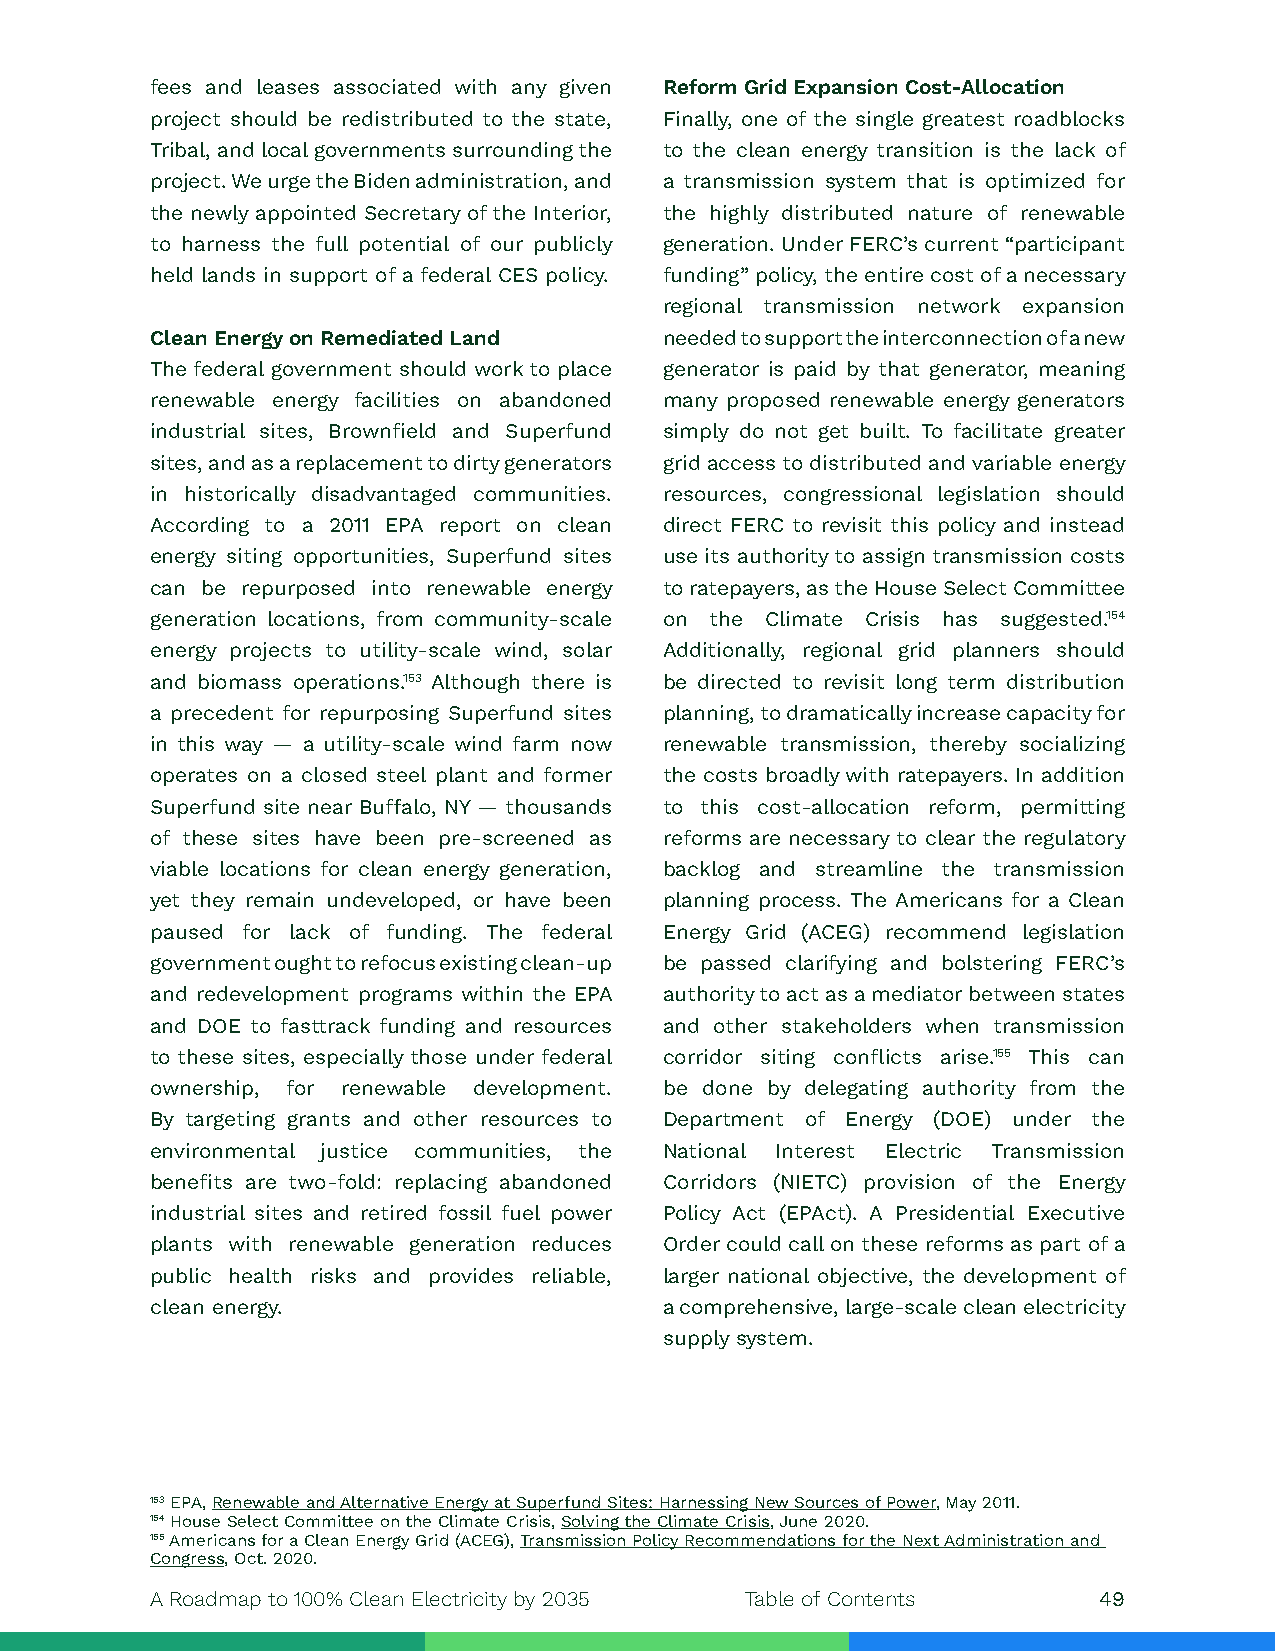
fees and leases associated with any given Reform Grid Expansion Cost-Allocation
 project should be redistributed to the state, Finally, one of the single greatest roadblocks
 Tribal, and local governments surrounding the to the clean energy transition is the lack of
 project. We urge the Biden administration, and a transmission system that is optimized for
 the newly appointed Secretary of the Interior, the highly distributed nature of renewable
 to harness the full potential of our publicly generation. Under FERC’s current “participant
 held lands in support of a federal CES policy. funding” policy, the entire cost of a necessary
 regional transmission network expansion
 Clean Energy on Remediated Land   needed to support the interconnection of a new
 The federal government should work to place generator is paid by that generator, meaning
 renewable energy facilities on abandoned many proposed renewable energy generators
 industrial sites, Brownfield and Superfund simply do not get built. To facilitate greater
 sites, and as a replacement to dirty generators grid access to distributed and variable energy
 in historically disadvantaged communities. resources, congressional legislation should
 According to a 2011 EPA report on clean direct FERC to revisit this policy and instead
 energy siting opportunities, Superfund sites use its authority to assign transmission costs
 can be repurposed into renewable energy to ratepayers, as the House Select Committee
 generation locations, from community-scale on the Climate Crisis has suggested.154
 energy projects to utility-scale wind, solar Additionally, regional grid planners should
 and biomass operations.153 Although there is be directed to revisit long term distribution
 a precedent for repurposing Superfund sites planning, to dramatically increase capacity for
 in this way — a utility-scale wind farm now renewable transmission, thereby socializing
 operates on a closed steel plant and former the costs broadly with ratepayers. In addition
 Superfund site near Buffalo, NY — thousands to this cost-allocation reform, permitting
 of these sites have been pre-screened as reforms are necessary to clear the regulatory
 viable locations for clean energy generation, backlog and streamline the transmission
 yet they remain undeveloped, or have been planning process. The Americans for a Clean
 paused for lack of funding. The federal Energy Grid (ACEG) recommend legislation
 government ought to refocus existing clean-up be passed clarifying and bolstering FERC’s
 and redevelopment programs within the EPA authority to act as a mediator between states
 and DOE to fasttrack funding and resources and other stakeholders when transmission
 to these sites, especially those under federal corridor siting conflicts arise.155 This can
 ownership, for renewable development. be done by delegating authority from the
 By targeting grants and other resources to Department of Energy (DOE) under the
 environmental justice communities, the National Interest Electric Transmission
 benefits are two-fold: replacing abandoned Corridors (NIETC) provision of the Energy
 industrial sites and retired fossil fuel power Policy Act (EPAct). A Presidential Executive
 plants with renewable generation reduces Order could call on these reforms as part of a
 public health risks and provides reliable, larger national objective, the development of
 clean energy.                     a comprehensive, large-scale clean electricity
 supply system.
 153 EPA, Renewable and Alternative Energy at Superfund Sites: Harnessing New Sources of Power, May 2011.
 154 House Select Committee on the Climate Crisis, Solving the Climate Crisis, June 2020.
 155 Americans for a Clean Energy Grid (ACEG), Transmission Policy Recommendations for the Next Administration and
 Congress, Oct. 2020.
 A Roadmap to 100% Clean Electricity by 2035 Table of Contents  49